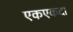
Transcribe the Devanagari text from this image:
एकएकदा